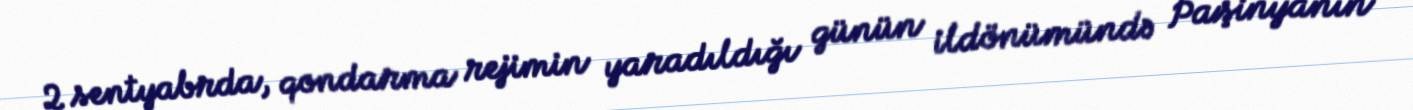
2 sentyabrda, qondarma rejimin yaradıldığı günün ildönümündə Paşinyanın